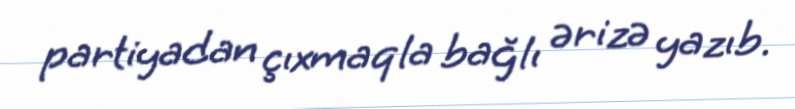
partiyadan çıxmaqla bağlı ərizə yazıb.